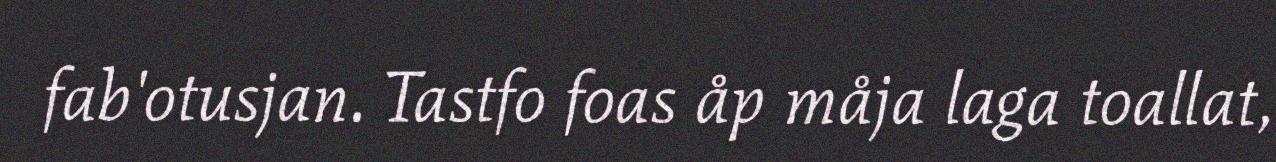
fab'otusjan. Tastfo foas åp måja laga toallat,